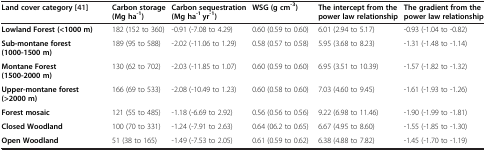
<table><thead><tr><td><b>Land cover category [41]</b></td><td><b>Carbon storage (Mg ha<sup>-1</sup>)</b></td><td><b>Carbon sequestration (Mg ha<sup>-1</sup> yr<sup>-1</sup>)</b></td><td><b>WSG (g cm<sup>-3</sup>)</b></td><td><b>The intercept from the power law relationship</b></td><td><b>The gradient from the power law relationship</b></td></tr></thead><tbody><tr><td><b>Lowland Forest (&lt;1000 m)</b></td><td>182 (152 to 360)</td><td>-0.91 (-7.08 to 4.29)</td><td>0.60 (0.59 to 0.60)</td><td>6.01 (2.94 to 5.17)</td><td>-0.93 (-1.04 to -0.82)</td></tr><tr><td><b>Sub-montane forest (1000-1500 m)</b></td><td>189 (95 to 588)</td><td>-2.02 (-11.06 to 1.29)</td><td>0.58 (0.57 to 0.58)</td><td>5.95 (3.68 to 8.23)</td><td>-1.31 (-1.48 to -1.14)</td></tr><tr><td><b>Montane Forest (1500-2000 m)</b></td><td>130 (62 to 702)</td><td>-2.03 (-11.85 to 1.07)</td><td>0.60 (0.59 to 0.60)</td><td>6.95 (3.51 to 10.39)</td><td>-1.57 (-1.82 to -1.32)</td></tr><tr><td><b>Upper-montane forest (&gt;2000 m)</b></td><td>166 (69 to 533)</td><td>-2.08 (-10.49 to 1.23)</td><td>0.60 (0.58 to 0.60)</td><td>7.03 (4.60 to 9.45)</td><td>-1.61 (-1.93 to -1.26)</td></tr><tr><td><b>Forest mosaic</b></td><td>121 (55 to 485)</td><td>-1.18 (-6.69 to 2.92)</td><td>0.56 (0.56 to 0.56)</td><td>9.22 (6.98 to 11.46)</td><td>-1.90 (-1.99 to -1.81)</td></tr><tr><td><b>Closed Woodland</b></td><td>100 (70 to 331)</td><td>-1.24 (-7.91 to 2.63)</td><td>0.64 (06.2 to 0.65)</td><td>6.67 (4.95 to 8.60)</td><td>-1.55 (-1.85 to -1.30)</td></tr><tr><td><b>Open Woodland</b></td><td>51 (38 to 165)</td><td>-1.49 (-7.53 to 2.05)</td><td>0.61 (0.59 to 0.62)</td><td>6.38 (4.88 to 7.82)</td><td>-1.45 (-1.70 to -1.19)</td></tr></tbody></table>